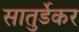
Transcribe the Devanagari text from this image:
सातुर्डेकर